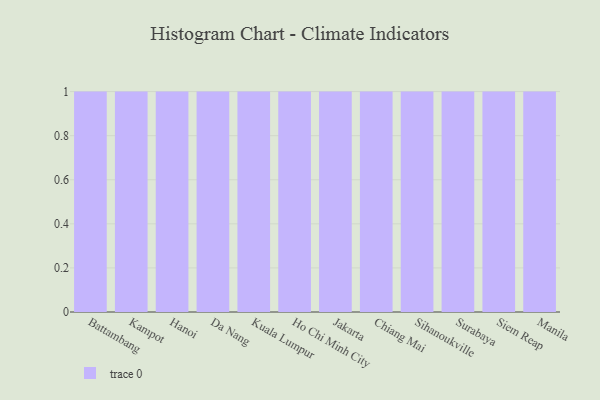
{"axis": {"x": "City", "y": "Operating Costs (USD K)"}, "legend": [""], "data": [{"x": "Battambang", "y": 87, "type": ""}, {"x": "Kampot", "y": 23, "type": ""}, {"x": "Hanoi", "y": 64, "type": ""}, {"x": "Da Nang", "y": 43, "type": ""}, {"x": "Kuala Lumpur", "y": 10, "type": ""}, {"x": "Ho Chi Minh City", "y": 74, "type": ""}, {"x": "Jakarta", "y": 9, "type": ""}, {"x": "Chiang Mai", "y": 95, "type": ""}, {"x": "Sihanoukville", "y": 86, "type": ""}, {"x": "Surabaya", "y": 90, "type": ""}, {"x": "Siem Reap", "y": 14, "type": ""}, {"x": "Manila", "y": 100, "type": ""}]}